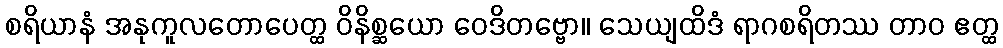
စရိယာနံ အနုကူလတောပေတ္ထ ဝိနိစ္ဆယော ဝေဒိတဗ္ဗော။ သေယျထိဒံ ရာဂစရိတဿ တာဝ ဧတ္ထ